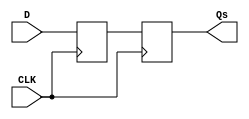
module master_slave_ff_synchronizer (
    input wire CLK,    // Clock signal
    input wire D,      // Asynchronous input signal
    output reg Qs      // Synchronized output signal
);

    reg Qm; // Master output

    // Master Flip-Flop: samples D on the rising edge of CLK
    always @(posedge CLK) begin
        Qm <= D; // Capture the input signal D
    end

    // Slave Flip-Flop: samples Qm on the falling edge of CLK
    always @(negedge CLK) begin
        Qs <= Qm; // Transfer the value of master output Qm to the slave output Qs
    end

endmodule